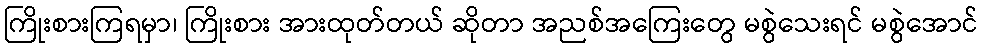
ကြိုးစားကြရမှာ၊ ကြိုးစား အားထုတ်တယ် ဆိုတာ အညစ်အကြေးတွေ မစွဲသေးရင် မစွဲအောင်